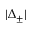
| \Delta _ { \pm } |